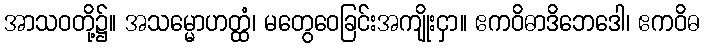
အာသဝတို့၌။ အသမ္မောဟတ္ထံ၊ မတွေဝေခြင်းအကျိုးငှာ။ ဧကဝိဓာဒိဘေဒေါ၊ ဧကဝိဓ